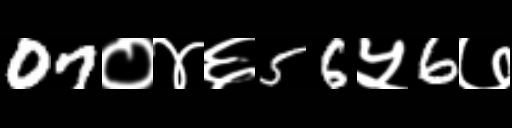
Text: 07०४६56५6७